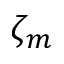
\zeta _ { m }